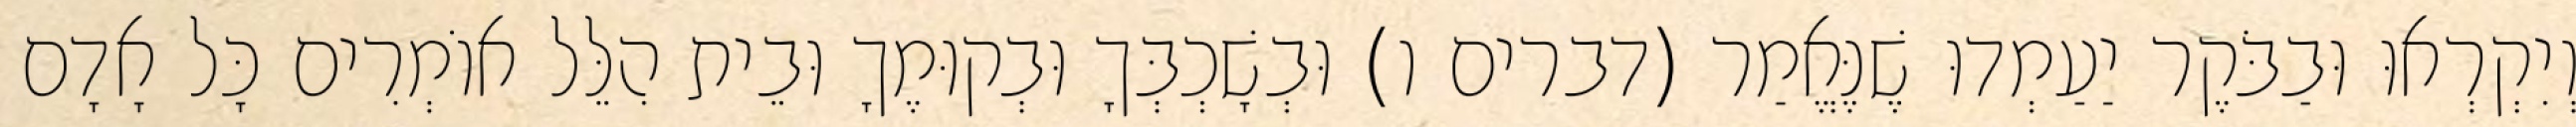
וְיִקְרְאוּ וּבַבֹּקֶר יַעַמְדוּ שֶׁנֶּאֱמַר (דברים ו) וּבְשָׁכְבְּךָ וּבְקוּמֶךָ וּבֵית הִלֵּל אוֹמְרִים כָּל אָדָם